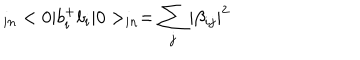
_ { i n } < 0 | b _ { i } ^ { + } b _ { i } | 0 > _ { i n } = \sum _ { j } | \beta _ { i j } | ^ { 2 }